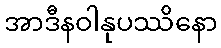
အာဒီနဝါနုပဿိနော